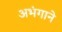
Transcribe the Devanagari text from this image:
अभंगाने